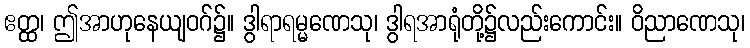
ဧတ္ထ၊ ဤအာဟုနေယျဝဂ်၌။ ဒွါရာရမ္မဏေသု၊ ဒွါရအာရုံတို့၌လည်းကောင်း။ ဝိညာဏေသု၊